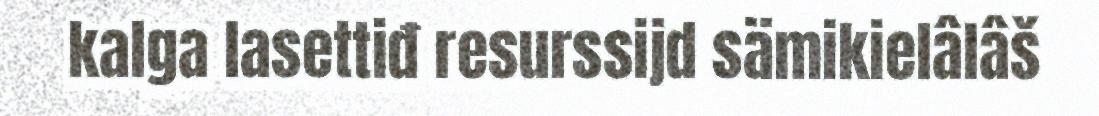
kalga lasettiđ resurssijd sämikielâlâš